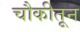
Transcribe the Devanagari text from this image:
चौकीतून